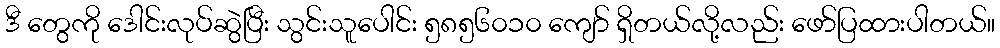
ဒီ တွေကို ဒေါင်းလုပ်ဆွဲပြီး သွင်းသူပေါင်း ၅၈၅၆၀၁၀ ကျော် ရှိတယ်လို့လည်း ဖော်ပြထားပါတယ်။